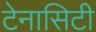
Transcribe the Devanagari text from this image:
टेनासिटी